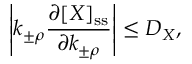
\left| k _ { \pm \rho } \frac { \partial [ X ] _ { \mathrm { s s } } } { \partial k _ { \pm \rho } } \right| \leq D _ { X } ,